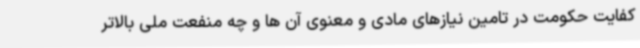
کفایت حکومت در تامین نیازهای مادی و معنوی آن ها و چه منفعت ملی بالاتر